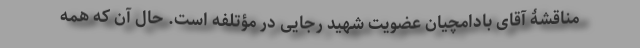
مناقشۀ آقای بادامچیان عضویت شهید رجایی در مؤتلفه است. حال آن که همه